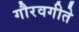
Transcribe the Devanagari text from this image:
गौरवगीते